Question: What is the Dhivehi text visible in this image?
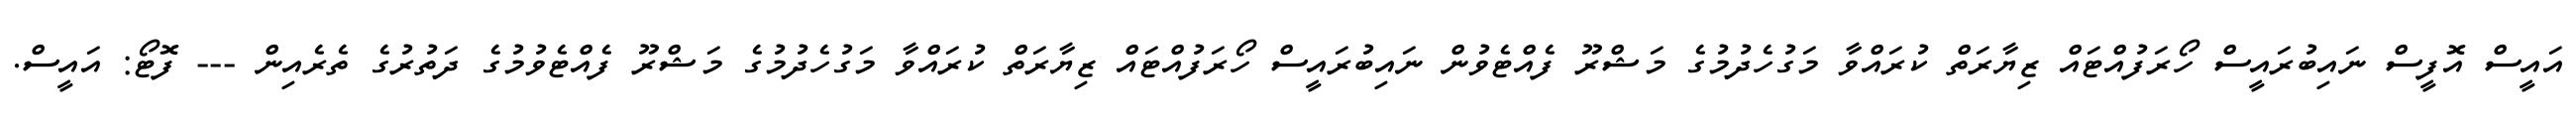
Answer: އައީސް އޮފީސް ނައިބުރައީސް ހޯރަފުއްޓައް ޒިޔާރަތް ކުރައްވާ މަގުހެދުމުގެ މަޝްރޫ ފެއްޓެވުން ނައިބުރައީސް ހޯރަފުއްޓައް ޒިޔާރަތް ކުރައްވާ މަގުހެދުމުގެ މަޝްރޫ ފެއްޓެވުމުގެ ދަތުރުގެ ތެރެއިން --- ފޮޓޯ: އައީސް.